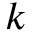
k